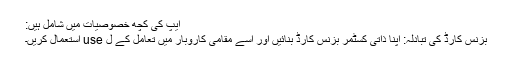
ایپ کی کچھ خصوصیات میں شامل ہیں:
بزنس کارڈ کی تبادلہ: اپنا ذاتی کسٹمر بزنس کارڈ بنائیں اور اسے مقامی کاروبار میں تعامل کے ل use استعمال کریں۔